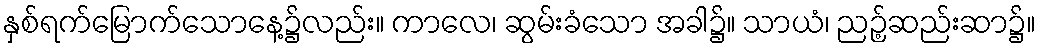
နှစ်ရက်မြောက်သောနေ့၌လည်း။ ကာလေ၊ ဆွမ်းခံသော အခါ၌။ သာယံ၊ ညဉ့်ဆည်းဆာ၌။